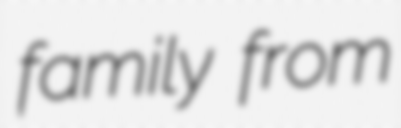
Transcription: family from